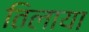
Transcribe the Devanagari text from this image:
तिलाया